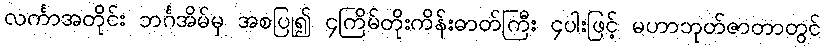
လင်္ကာအတိုင်း ဘင်္ဂအိမ်မှ အစပြု၍ ၄ကြိမ်တိုးကိန်းဓာတ်ကြီး ၄ပါးဖြင့် မဟာဘုတ်ဇာတာတွင်